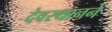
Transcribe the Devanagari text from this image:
देवस्थानने